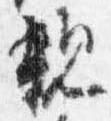
親